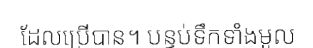
ដែលប្រើបាន។ បន្ទប់ទឹកទាំងមូល